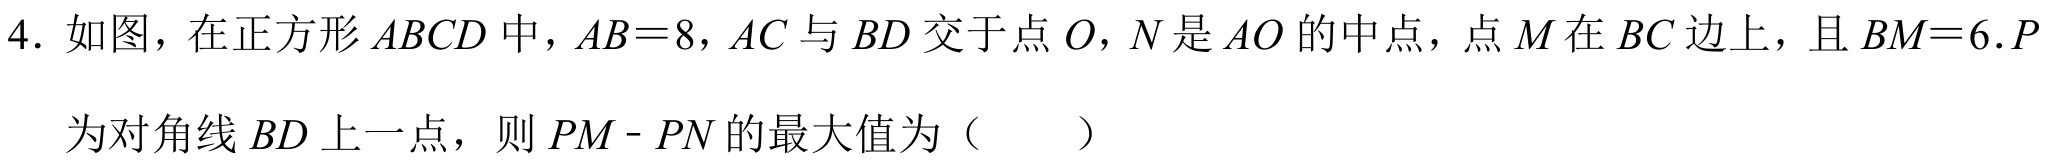
4. 如图，在正方形$ABCD$中，$AB = 8$，$AC$与$BD$交于点$O$，$N$是$AO$的中点，点$M$在$BC$边上，且$BM = 6$.$P$
为对角线$BD$上一点，则$PM - PN$的最大值为（  ）